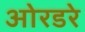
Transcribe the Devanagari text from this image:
ओरडरे